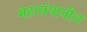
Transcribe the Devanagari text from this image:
महासंघातील